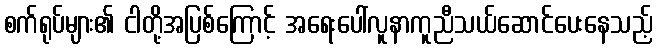
စက်ရုပ်များ၏ ငါတို့အပြစ်ကြောင့် အရေးပေါ်လူနာကူညီသယ်ဆောင်ပေးနေသည့်